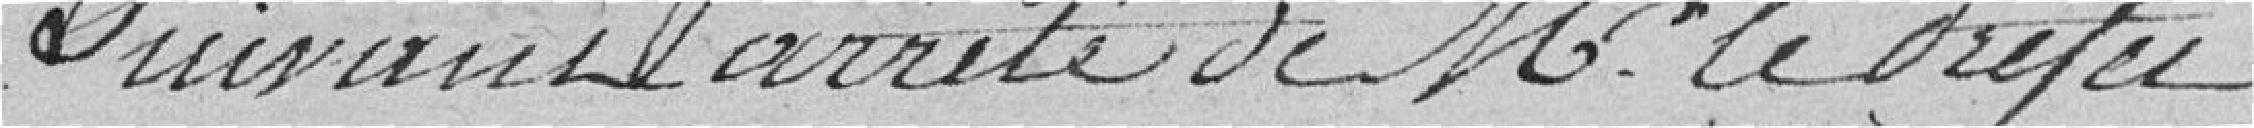
suivant arrêté de Monsieur le Préfet